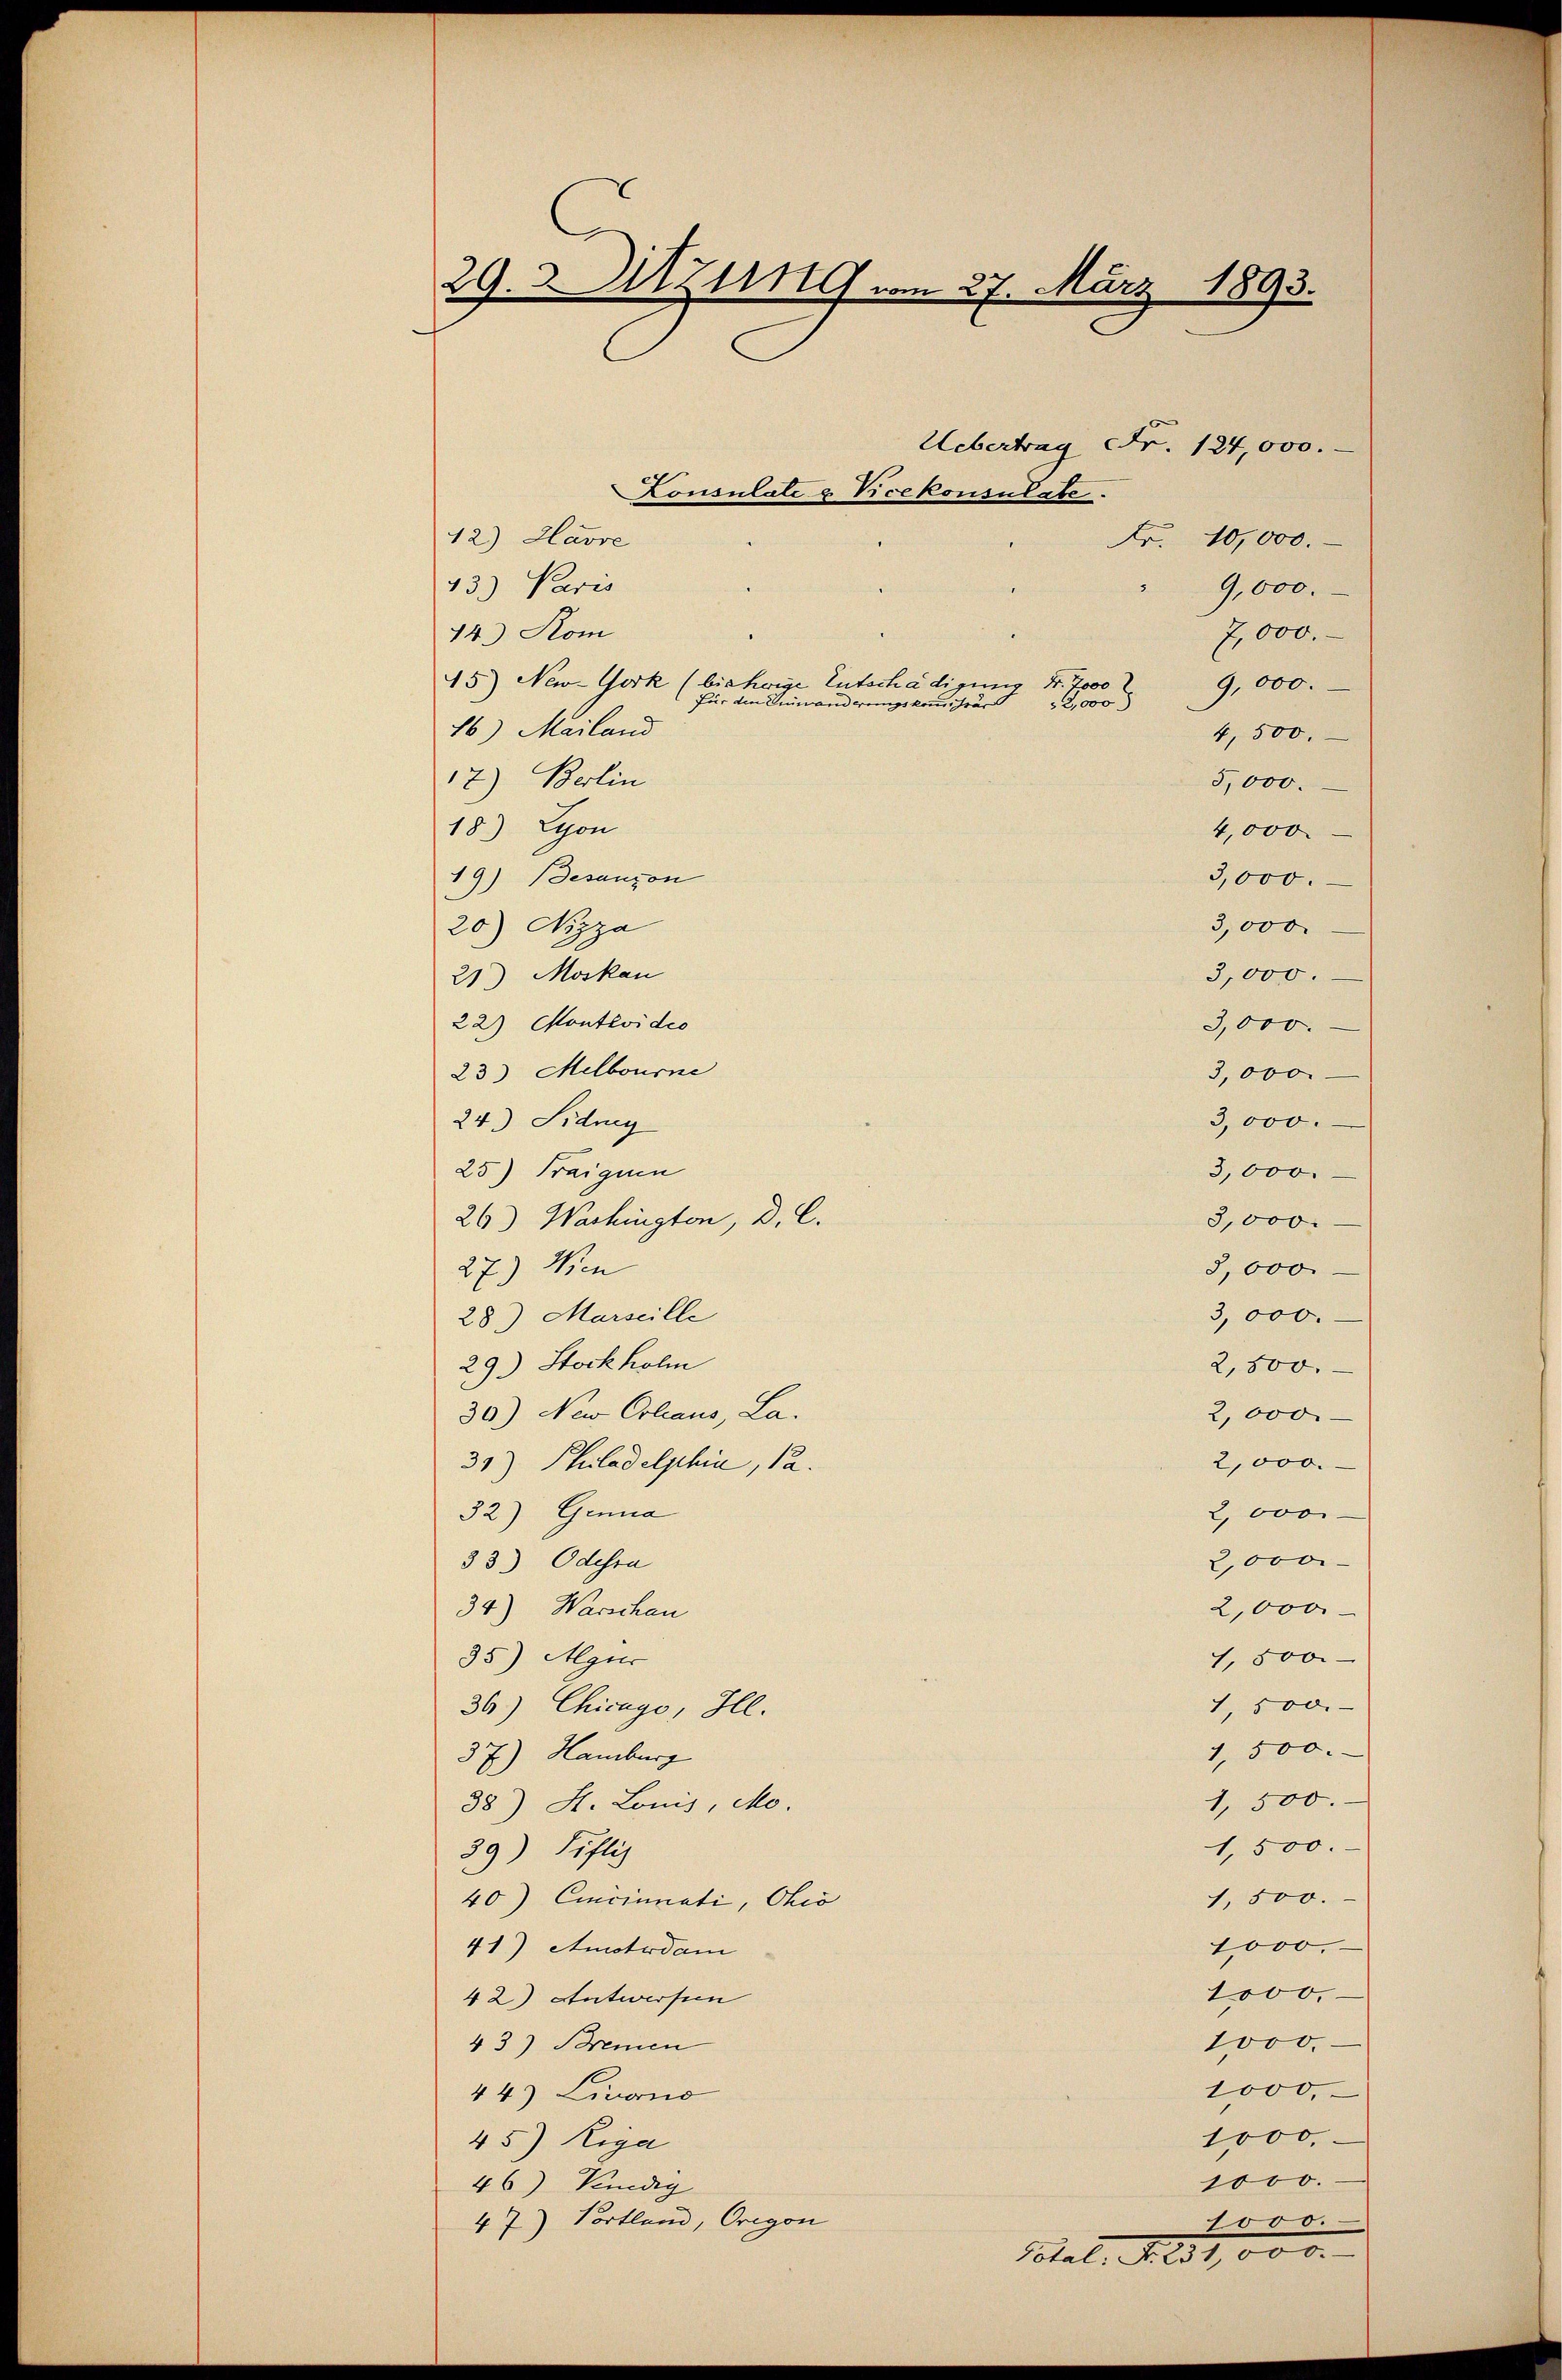
29. Sitzung vom 27. März 1893.

Uebertrag Fr. 124,000.
12.) Havre
43) Paris
14. Kom
7,000.
45) New-York (bisherige Entschädigung Nr. 7000
9,000.
2
für den Einwanderungskommissär 2,000
16) Mailand
4,500.
17.) Berlin
5,000.
18.) Lyon
4,000
3,000.
19) Besanzen
3,000.
20) Nizza
3,000.
21.) Moskau
22) Montevideo
3,000.
23) Melbourne
3,000.
3,000.
24.) Sidney
3,000.
25) Traiquen
26) Washington, D. C.
3,000.
8,000.
27) Wen
3,000.
28) Marseille
29.) Stockholm
2,500.
2,000
30.) New Collaus, La
2,000.
31.) Philadelphia, 12.
32) Genua
2, 000
2,000
33) Odesra
2,000.
34) Warschen
1,500.
35) Agur
1,500.
36.) Chicago, Hl.
1,500.
37.) Hamburg
1,500.
38) S. Louis, Mo.
1,500.
39) Pöflis
1,500.
40) Cincinati, Ohio
1000.
41) Amotrdam
1000.
42) Antworfen
1000.
43) Bremen
1000.
44.) Livono
1000.
45) Riga
1000.
46) Kredig
47) Portland, Origon
1000.

Konsulate & Vicekonsulate.

Fr. 10,000.
9,000.

Total. N. 231,000.